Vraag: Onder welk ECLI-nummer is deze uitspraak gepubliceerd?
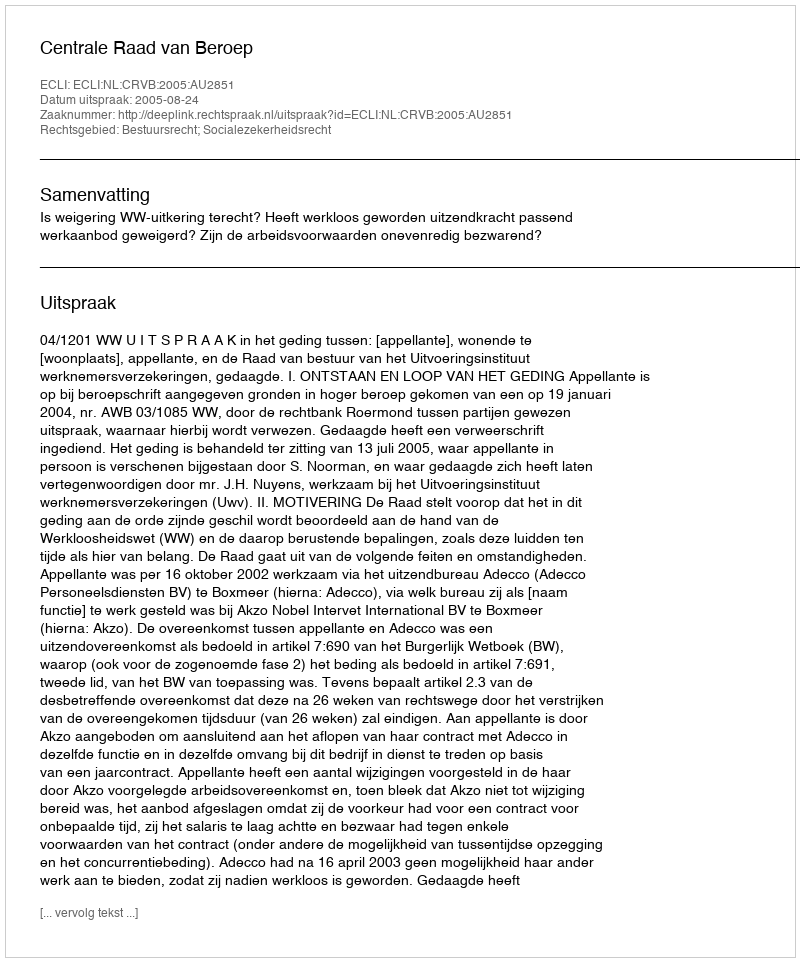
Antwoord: ECLI:NL:CRVB:2005:AU2851